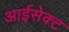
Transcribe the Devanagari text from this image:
आईसेक्ट